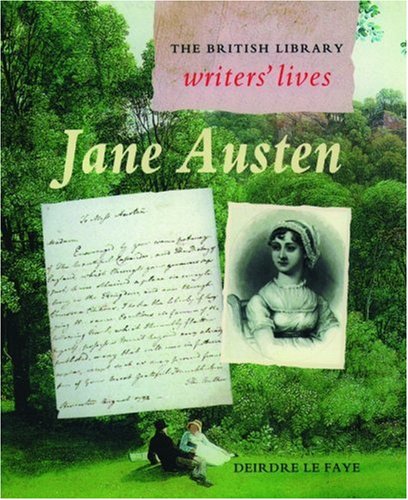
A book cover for Jane Austen (British Library Writers' Lives Series); Deirdre Le Faye; Teen & Young Adult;